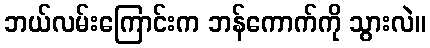
ဘယ်လမ်းကြောင်းက ဘန်ကောက်ကို သွားလဲ။